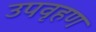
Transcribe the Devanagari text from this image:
उपवृहण